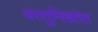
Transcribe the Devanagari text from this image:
वस्तुनिष्ठतेत